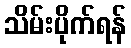
သိမ်းပိုက်ရန်